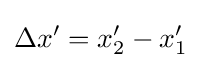
\Delta x'=x_{2}^{\prime }-x_{1}^{\prime }